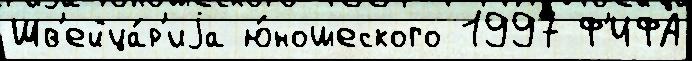
Шв'ейца́р'иjа ю́ношеского 1997 Ф'ИФА